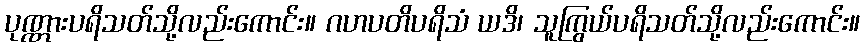
ပုဏ္ဏားပရိသတ်သို့လည်းကောင်း။ ဂဟပတိပရိသံ ယဒိ၊ သူကြွယ်ပရိသတ်သို့လည်းကောင်း။